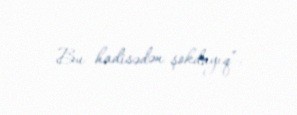
Bu hadisədən şokdayıq”.